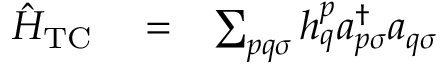
\begin{array} { r l r } { \hat { H } _ { \mathrm { T C } } } & { { } = } & { \sum _ { p q \sigma } h _ { q } ^ { p } a _ { p \sigma } ^ { \dagger } a _ { q \sigma } } \end{array}